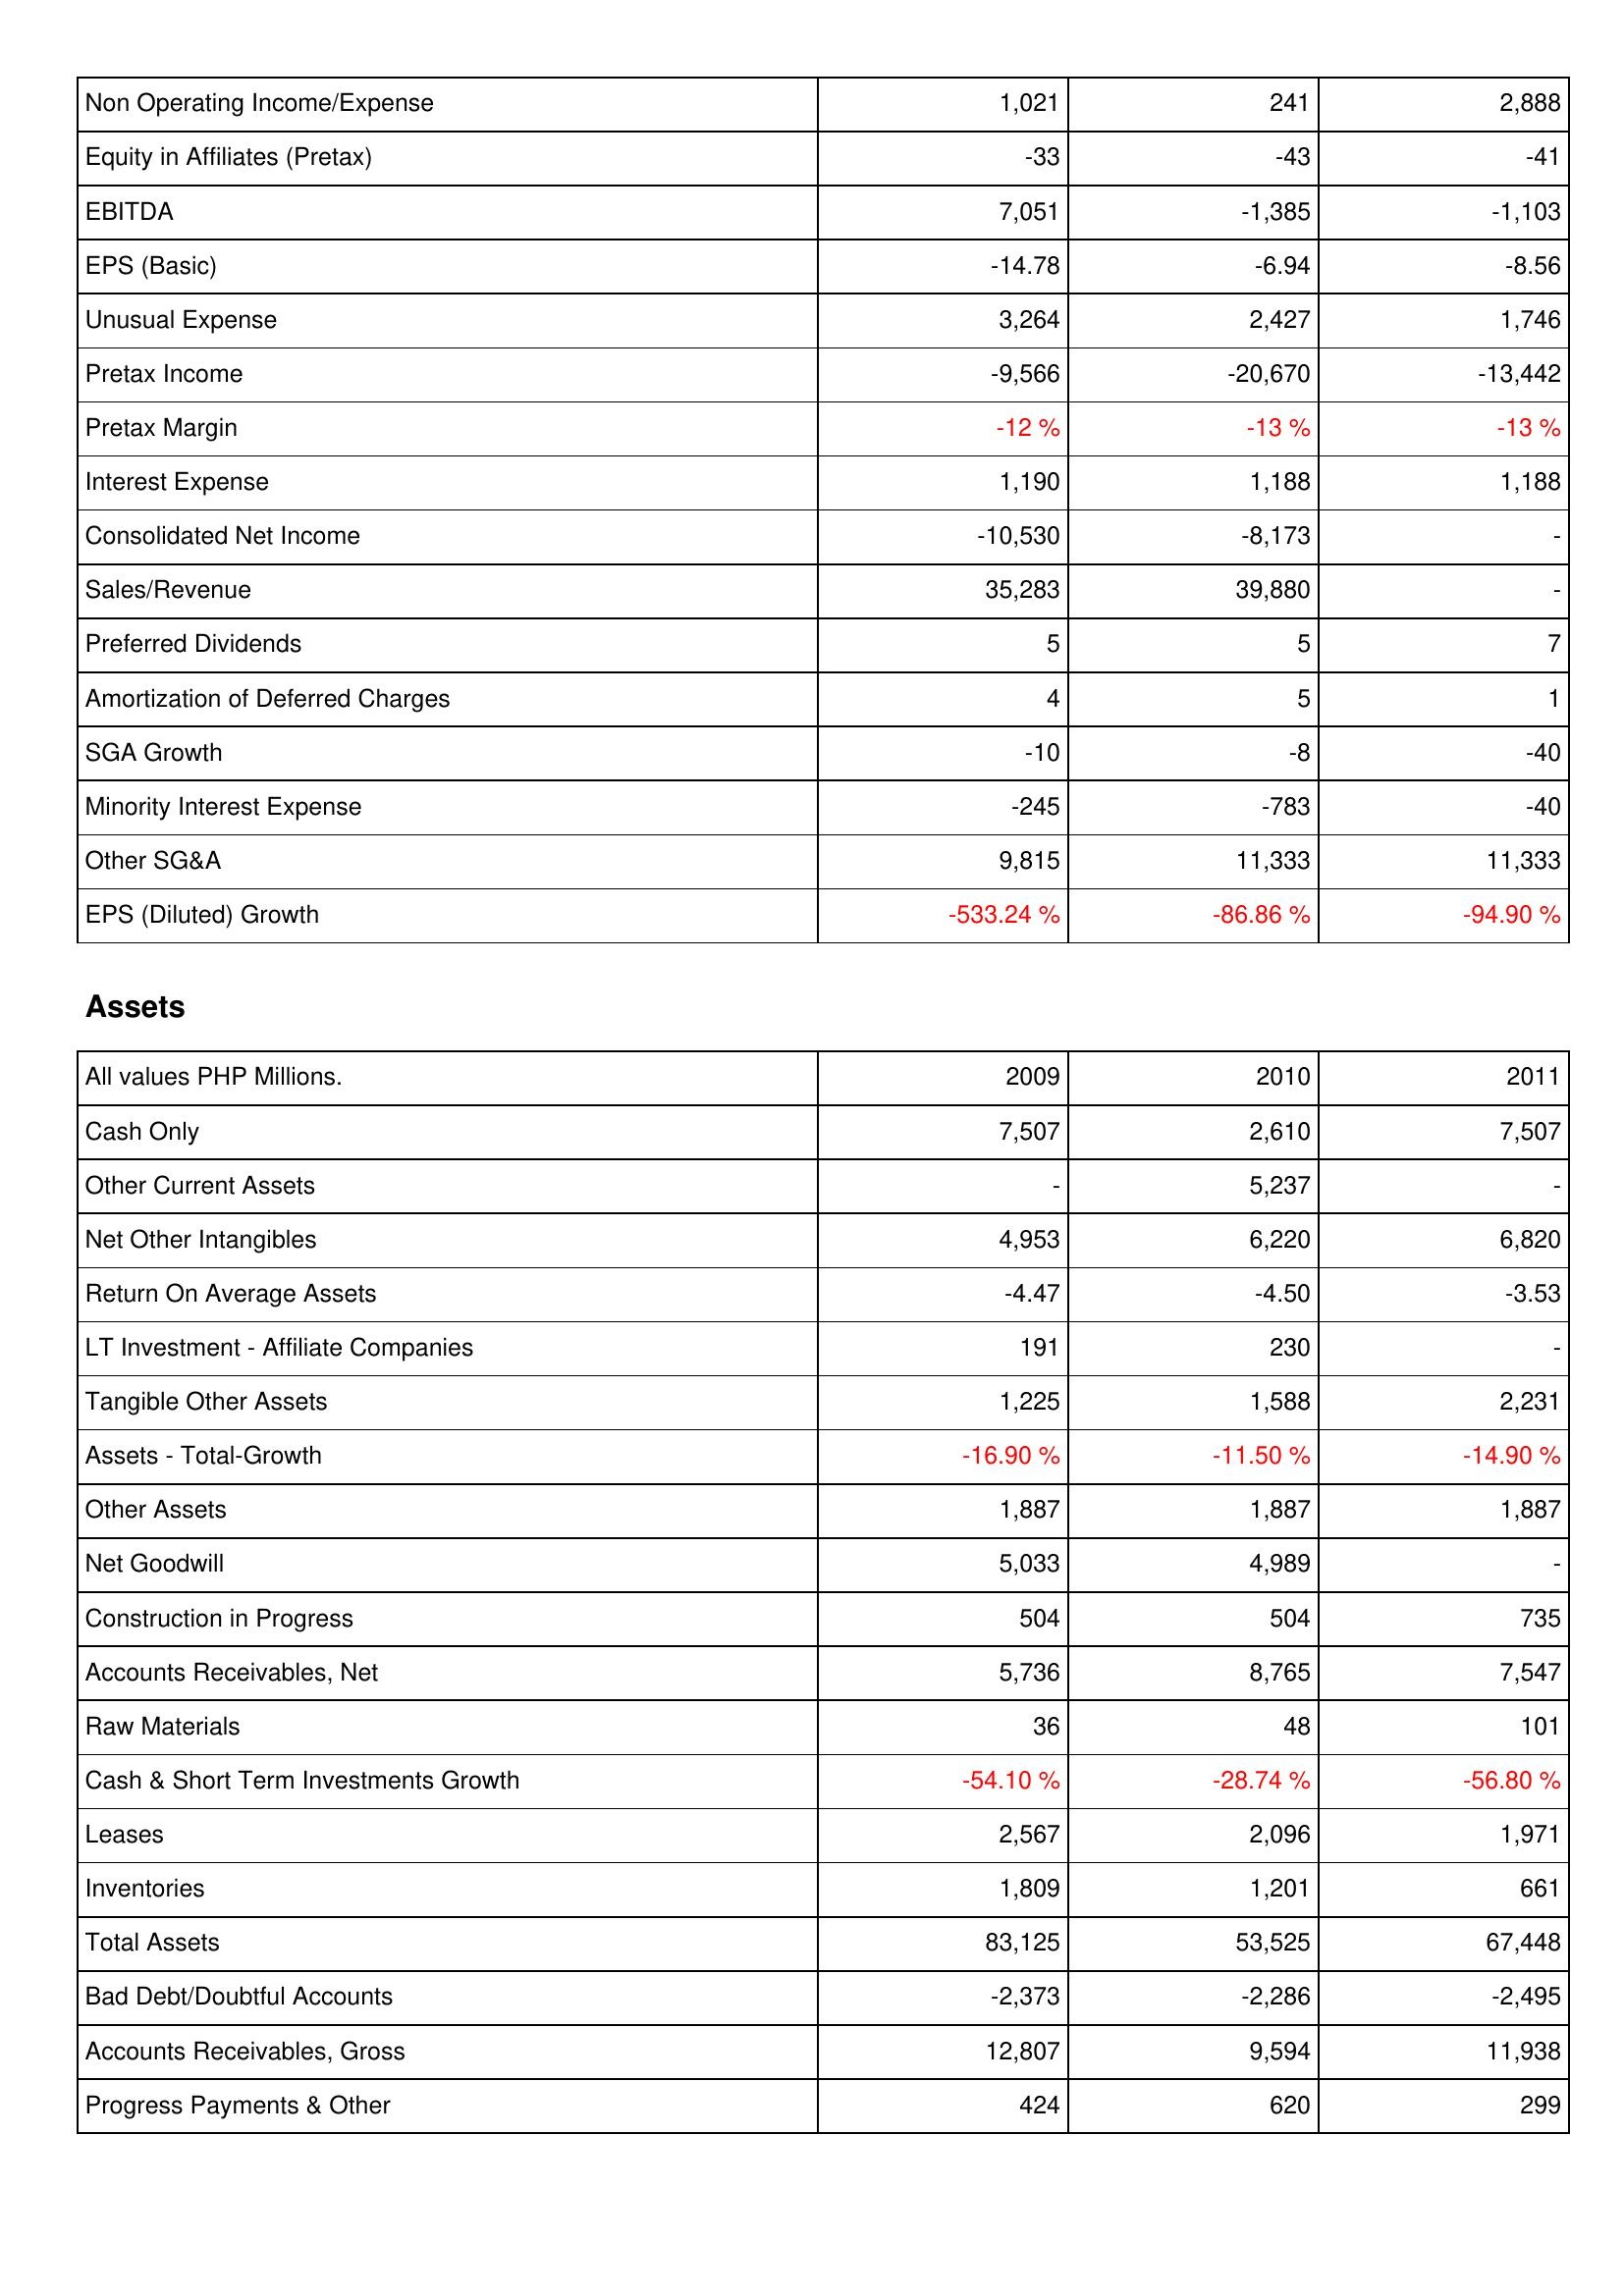
2009: Income Statement: Non Operating Income/Expense: 1,021
Equity in Affiliates (Pretax): -33
EBITDA: 7,051
EPS (Basic): -14.78
Unusual Expense: 3,264
Pretax Income: -9,566
Pretax Margin: -12 %
Interest Expense: 1,190
Consolidated Net Income: -10,530
Sales/Revenue: 35,283
Preferred Dividends: 5
Amortization of Deferred Charges: 4
SGA Growth: -10
Minority Interest Expense: -245
Other SG&A: 9,815
EPS (Diluted) Growth: -533.24 %
Assets: Cash Only: 7,507
Other Current Assets: -
Net Other Intangibles: 4,953
Return On Average Assets: -4.47
LT Investment - Affiliate Companies: 191
Tangible Other Assets: 1,225
Assets - Total-Growth: -16.90 %
Other Assets: 1,887
Net Goodwill: 5,033
Construction in Progress: 504
Accounts Receivables, Net: 5,736
Raw Materials: 36
Cash & Short Term Investments Growth: -54.10 %
Leases: 2,567
Inventories: 1,809
Total Assets: 83,125
Bad Debt/Doubtful Accounts: -2,373
Accounts Receivables, Gross: 12,807
Progress Payments & Other: 424
2010: Income Statement: Non Operating Income/Expense: 241
Equity in Affiliates (Pretax): -43
EBITDA: -1,385
EPS (Basic): -6.94
Unusual Expense: 2,427
Pretax Income: -20,670
Pretax Margin: -13 %
Interest Expense: 1,188
Consolidated Net Income: -8,173
Sales/Revenue: 39,880
Preferred Dividends: 5
Amortization of Deferred Charges: 5
SGA Growth: -8
Minority Interest Expense: -783
Other SG&A: 11,333
EPS (Diluted) Growth: -86.86 %
Assets: Cash Only: 2,610
Other Current Assets: 5,237
Net Other Intangibles: 6,220
Return On Average Assets: -4.50
LT Investment - Affiliate Companies: 230
Tangible Other Assets: 1,588
Assets - Total-Growth: -11.50 %
Other Assets: 1,887
Net Goodwill: 4,989
Construction in Progress: 504
Accounts Receivables, Net: 8,765
Raw Materials: 48
Cash & Short Term Investments Growth: -28.74 %
Leases: 2,096
Inventories: 1,201
Total Assets: 53,525
Bad Debt/Doubtful Accounts: -2,286
Accounts Receivables, Gross: 9,594
Progress Payments & Other: 620
2011: Income Statement: Non Operating Income/Expense: 2,888
Equity in Affiliates (Pretax): -41
EBITDA: -1,103
EPS (Basic): -8.56
Unusual Expense: 1,746
Pretax Income: -13,442
Pretax Margin: -13 %
Interest Expense: 1,188
Consolidated Net Income: -
Sales/Revenue: -
Preferred Dividends: 7
Amortization of Deferred Charges: 1
SGA Growth: -40
Minority Interest Expense: -40
Other SG&A: 11,333
EPS (Diluted) Growth: -94.90 %
Assets: Cash Only: 7,507
Other Current Assets: -
Net Other Intangibles: 6,820
Return On Average Assets: -3.53
LT Investment - Affiliate Companies: -
Tangible Other Assets: 2,231
Assets - Total-Growth: -14.90 %
Other Assets: 1,887
Net Goodwill: -
Construction in Progress: 735
Accounts Receivables, Net: 7,547
Raw Materials: 101
Cash & Short Term Investments Growth: -56.80 %
Leases: 1,971
Inventories: 661
Total Assets: 67,448
Bad Debt/Doubtful Accounts: -2,495
Accounts Receivables, Gross: 11,938
Progress Payments & Other: 299